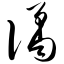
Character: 谲